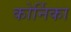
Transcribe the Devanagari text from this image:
कोर्निका